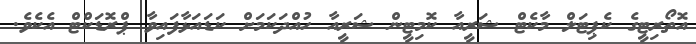
އޮތޯރިޓީގެ ކެޕިޓަލް މާކެޓް ޝަރީއާ ކޮމިޓީން ޝަރީއާ ހުއްދަކަމަށް ކަޑައަޅާފައިވާ ޕްރޮޑަކްޓް އެކެވެ.